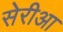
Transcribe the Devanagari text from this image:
सेरीआ